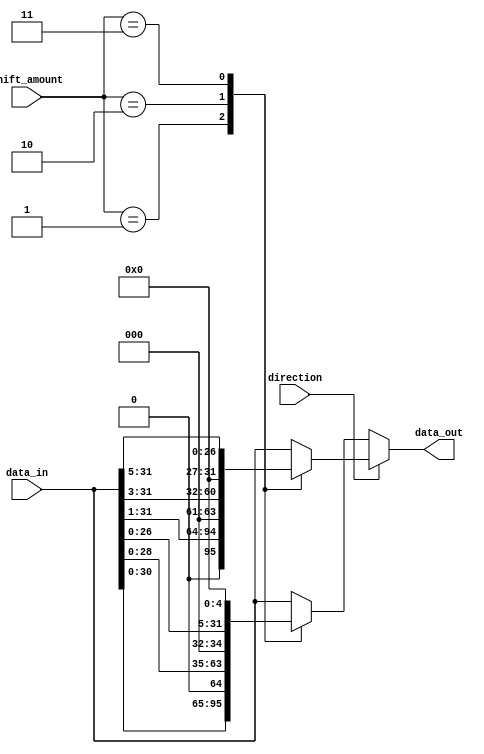
module SparseBarrelShifter (
    input wire [31:0] data_in,
    input wire [3:0] shift_amount,
    input wire direction, // 0 for left shift, 1 for right shift
    output reg [31:0] data_out
);

reg [31:0] temp;

always @(*) begin
    temp = data_in;
    if (direction == 0) begin // left shift
        case (shift_amount)
            4'b0000: data_out = temp;
            4'b0001: data_out = temp << 1;
            4'b0010: data_out = temp << 3;
            4'b0011: data_out = temp << 5;
            // Add more cases for additional shifting options
            default: data_out = temp;
        endcase
    end else begin // right shift
        case (shift_amount)
            4'b0000: data_out = temp;
            4'b0001: data_out = temp >> 1;
            4'b0010: data_out = temp >> 3;
            4'b0011: data_out = temp >> 5;
            // Add more cases for additional shifting options
            default: data_out = temp;
        endcase
    end
end

endmodule